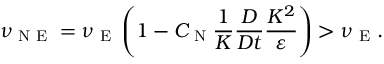
\nu _ { \textrm { N E } } = \nu _ { \textrm { E } } \left( { 1 - C _ { \textrm { N } } \frac { 1 } { K } \frac { D } { D t } \frac { K ^ { 2 } } { \varepsilon } } \right) > \nu _ { \textrm { E } } .